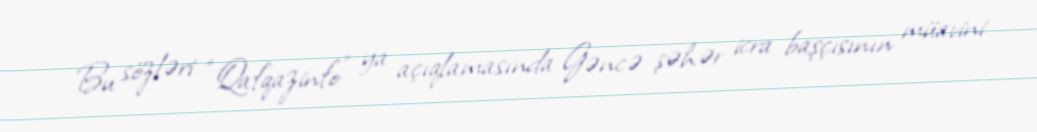
Bu sözləri “Qafqazinfo” ya açıqlamasında Gəncə şəhər icra başçısının müavini